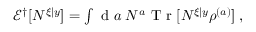
\begin{array} { r } { \mathcal { E } ^ { \dagger } [ N ^ { \xi | y } ] = \int \mathrm { ~ d ~ } a \; N ^ { a } \mathrm { ~ T ~ r ~ } [ N ^ { \xi | y } \rho ^ { ( a ) } ] \; , } \end{array}